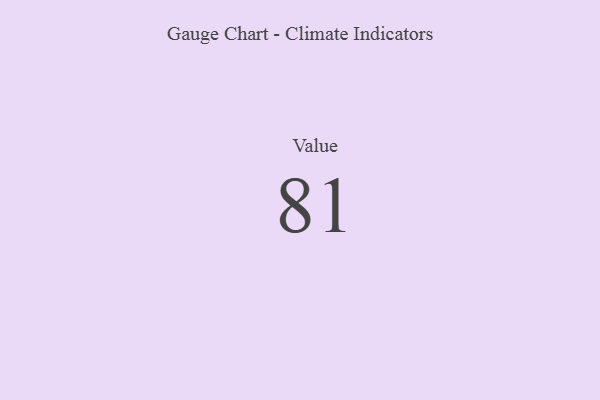
{"axis": {"x": "Metric", "y": "Value"}, "legend": [""], "data": [{"x": "Value", "y": 81, "type": ""}]}